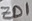
Text: ZD1